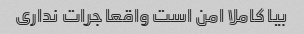
بیا کاملا امن است واقعا جرات نداری